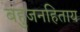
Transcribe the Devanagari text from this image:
बहुजनहिताय